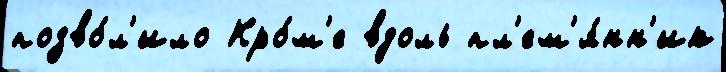
позво́л'ило Кро́м'е вдоль пл'ем'я́нн'ик